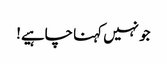
جو نہیں کہنا چاہیے!